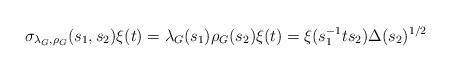
LaTeX: \begin{align*}\sigma_{\lambda_G,\rho_G}(s_1,s_2)\xi(t)=\lambda_G(s_1)\rho_G(s_2)\xi(t)=\xi(s_1^{-1}ts_2)\Delta(s_2)^{1/2}\end{align*}